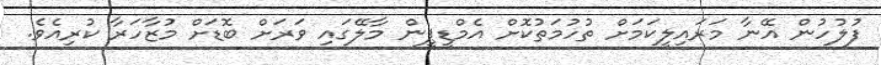
ފުލުހުން އޭނާ މަރައިލީކަމަށް ތުހުމަތުކޮށް އެމްޑީޕީން މާލޭގައި ވަރަށް ބޮޑަށް މުޒާހަރާ ކުރިއެވެ.